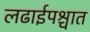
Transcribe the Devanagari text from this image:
लढाईपश्चात